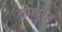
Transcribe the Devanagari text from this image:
लोहावर